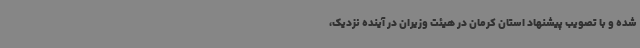
شده و با تصویب پیشنهاد استان کرمان در هیئت وزیران در آینده نزدیک،